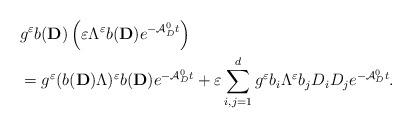
LaTeX: \begin{align*}&g^\varepsilon b({\mathbf D}) \left(\varepsilon \Lambda^\varepsilon b({\mathbf D}) e^{-\mathcal{A}_D^0t} \right)\\&=g^\varepsilon (b({\mathbf D}) \Lambda)^\varepsilon b({\mathbf D}) e^{-\mathcal{A}_D^0t}+ \varepsilon \sum_{i,j=1}^d g^\varepsilon b_i \Lambda^\varepsilon b_j D_i D_j e^{-\mathcal{A}_D^0t}.\end{align*}